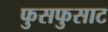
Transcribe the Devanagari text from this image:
फुसफुसाट